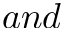
a n d